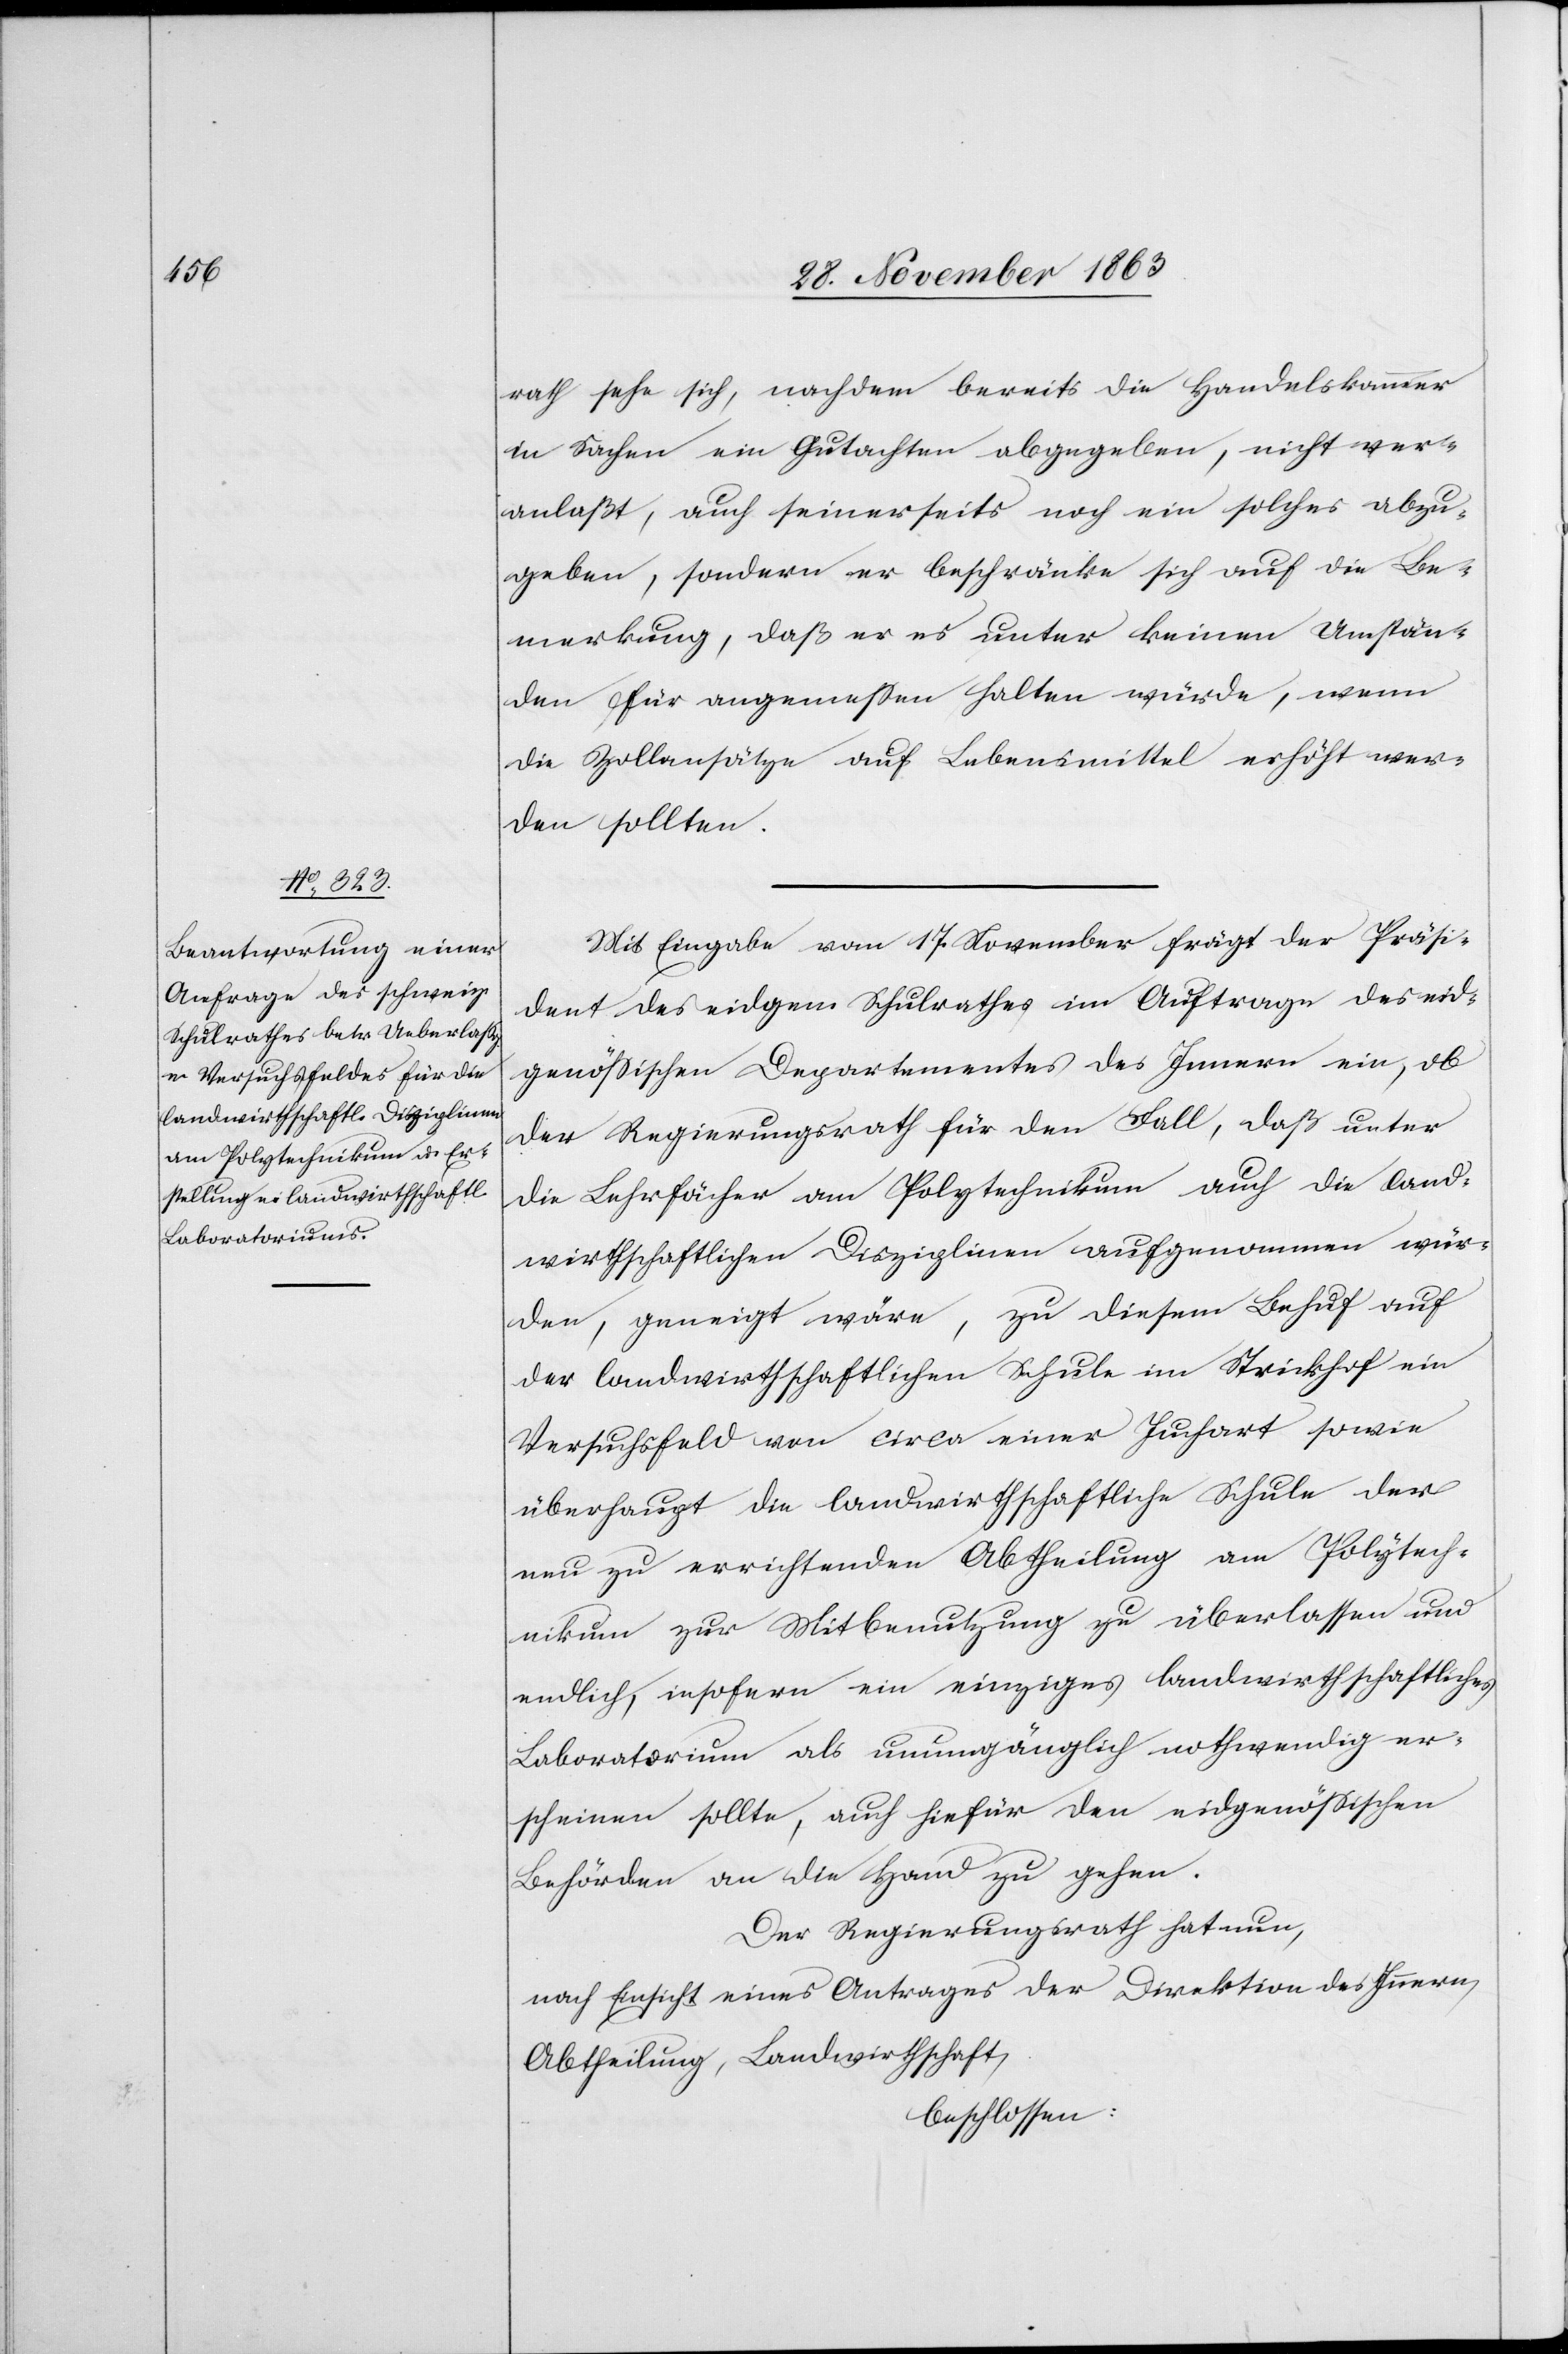
rath sehe sich, nachdem bereits die Handelskammer
in Sachen ein Gutachten abgegeben, nicht ver¬
anlaßt, auch seinerseits noch ein solches abzu¬
geben, sondern er beschränke sich auf die Be¬
merkung, daß er es unter keinen Umstän¬
den für angemessen halten würde, wenn
die Zollansätze auf Lebensmittel erhöht wer¬
den sollten.
Mit Eingabe vom 17. November frägt der Präsi¬
dent des eidgen. Schulrathes im Auftrage des eid¬
genössischen Departementes des Innern ein, ob
der Regierungsrath für den Fall, daß unter
die Lehrfächer am Polytechnikum auch die land¬
wirthschaftlichen Disziplinen aufgenommen wür¬
den, geneigt wäre, zu diesem Behuf auf
der landwirthschaftlichen Schule im Strickhof ein
Versuchsfeld von circa einer Juchart sowie
überhaupt die landwirthschaftliche Schule der
neu zu errichtenden Abtheilung am Polytech¬
nikum zur Mitbenutzung zu überlassen und
endlich, insofern ein einziges landwirthschaftliches
Laboratorium als unumgänglich nothwendig er¬
scheinen sollte, auch hiefür den eidgenössischen
Behörden an die Hand zu gehen.
Der Regierungsrath hat nun,
nach Einsicht eines Antrages der Direktion des Innern
Abtheilung, Landwirthschaft,
beschlossen: